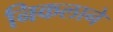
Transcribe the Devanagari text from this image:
निकलाने